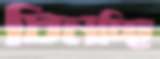
চিনচ্ছি